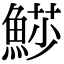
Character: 𩸌